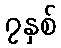
၇နှစ်